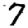
Digit: 7